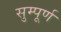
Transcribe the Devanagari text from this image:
सुम्पूर्ण